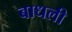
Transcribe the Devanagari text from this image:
बाधली